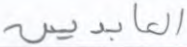
العابدين